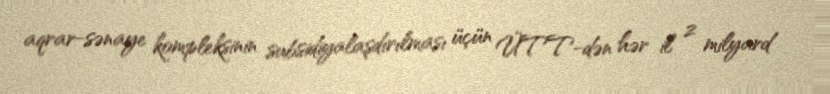
aqrar-sənaye kompleksinin subsidiyalaşdırılması üçün ÜTT-dən hər il 2 milyard